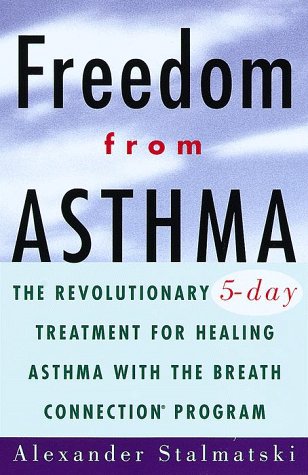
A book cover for Freedom from Asthma: The Revolutionary 5-Day Treatment for Healing  Asthma with the Breath Connection (R) Program; alexander Alexander Stalmatski; Health, Fitness & Dieting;